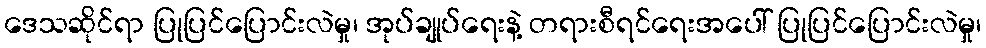
ဒေသဆိုင်ရာ ပြုပြင်ပြောင်းလဲမှု၊ အုပ်ချုပ်ရေးနဲ့ တရားစီရင်ရေးအပေါ် ပြုပြင်ပြောင်းလဲမှု၊